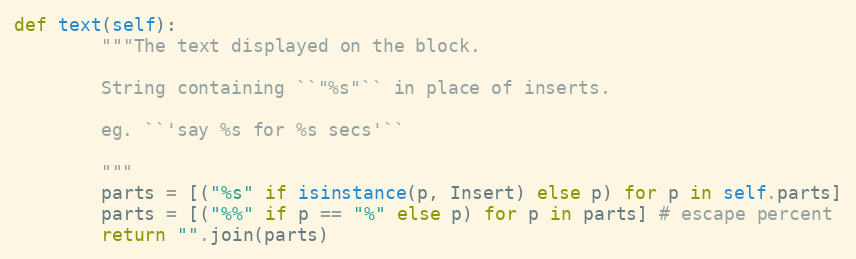
Language: Python
def text(self):
        """The text displayed on the block.

        String containing ``"%s"`` in place of inserts.

        eg. ``'say %s for %s secs'``

        """
        parts = [("%s" if isinstance(p, Insert) else p) for p in self.parts]
        parts = [("%%" if p == "%" else p) for p in parts] # escape percent
        return "".join(parts)